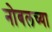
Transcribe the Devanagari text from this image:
नोबलच्या